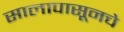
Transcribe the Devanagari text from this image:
सालापासूनचे